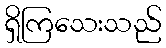
ရှိကြသေးသည်